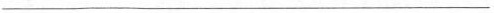
___